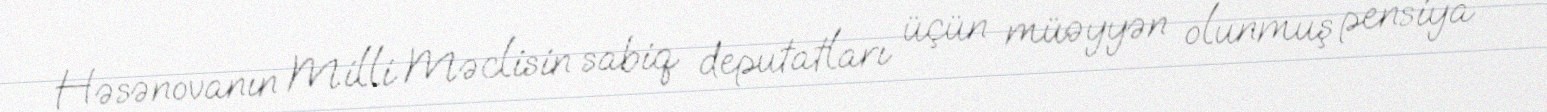
Həsənovanın Milli Məclisin sabiq deputatları üçün müəyyən olunmuş pensiya